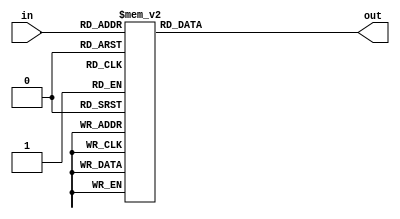
/******************************************************************************

   Fc   DST40.

    .

******************************************************************************/

module Fc
(
  input   [4:0] in,
  output        out
);


reg     i;
assign  out = i;

always  @( in )
begin
  case( in )
    5'b 00000: i = 0;
    5'b 00001: i = 0;
    5'b 00010: i = 1;
    5'b 00011: i = 0;
    5'b 00100: i = 1;
    5'b 00101: i = 1;
    5'b 00110: i = 1;
    5'b 00111: i = 0;
    5'b 01000: i = 1;
    5'b 01001: i = 0;
    5'b 01010: i = 1;
    5'b 01011: i = 1;
    5'b 01100: i = 1;
    5'b 01101: i = 0;
    5'b 01110: i = 0;
    5'b 01111: i = 0;
    5'b 10000: i = 0;
    5'b 10001: i = 0;
    5'b 10010: i = 1;
    5'b 10011: i = 1;
    5'b 10100: i = 1;
    5'b 10101: i = 1;
    5'b 10110: i = 0;
    5'b 10111: i = 0;
    5'b 11000: i = 0;
    5'b 11001: i = 1;
    5'b 11010: i = 0;
    5'b 11011: i = 1;
    5'b 11100: i = 0;
    5'b 11101: i = 1;
    5'b 11110: i = 0;
    default  : i = 1;
  endcase
end

endmodule